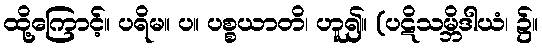
ထို့ကြောင့်။ ပရိမ။ ပ။ ပစ္စယာတိ၊ ဟူ၍။ (ပဋိသမ္ဘိဒါယံ၊ ၌။